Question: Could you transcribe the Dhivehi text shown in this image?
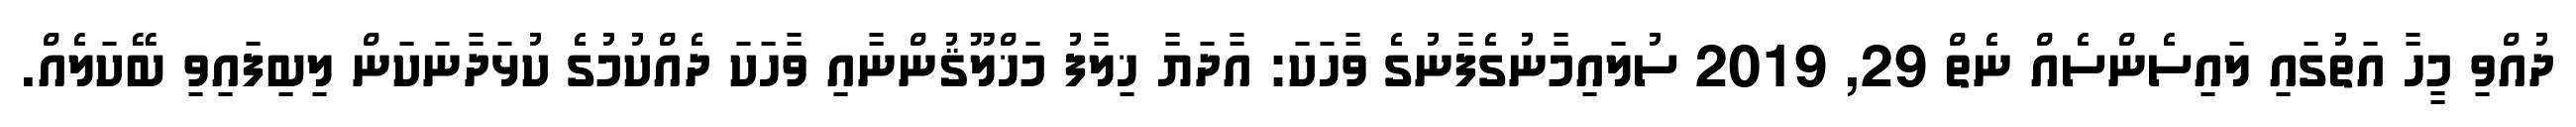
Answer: ދުއްވި މީހާ އަތުގައި ލައިސެންސެއް ނެތް 29, 2019 ސުލައިމާނުގެފާނުގެ ވާހަކަ: އާދަޔާ ޚިލާފު މަޚްލޫޤުންނާއި ވާހަކަ ދެއްކުމުގެ ކުޅަދާނަކަން ލިބިފައިވި ބޭކަލެއް.